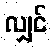
လျှင်